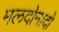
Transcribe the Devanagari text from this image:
मलदोनादो